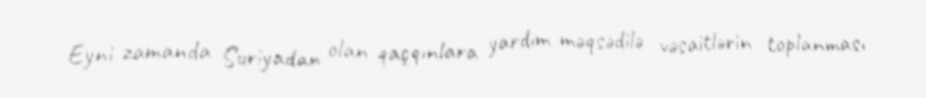
Eyni zamanda Suriyadan olan qaçqınlara yardım məqsədilə vəsaitlərin toplanması